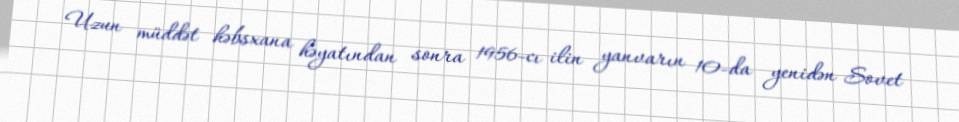
Uzun müddət həbsxana həyatından sonra 1956-cı ilin yanvarın 10-da yenidən Sovet